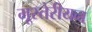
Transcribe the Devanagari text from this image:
मूस्तेरीयन